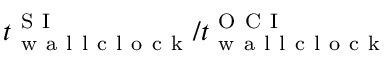
t _ { \mathrm { ~ w ~ a ~ l ~ l ~ c ~ l ~ o ~ c ~ k ~ } } ^ { \mathrm { ~ S ~ I ~ } } / t _ { \mathrm { ~ w ~ a ~ l ~ l ~ c ~ l ~ o ~ c ~ k ~ } } ^ { \mathrm { ~ O ~ C ~ I ~ } }